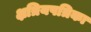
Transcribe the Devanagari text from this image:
क्षत्रियपत्रिका